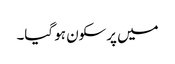
میں پرسکون ہو گیا۔